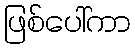
ဖြစ်ပေါ်ကာ